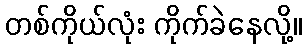
တစ်ကိုယ်လုံး ကိုက်ခဲနေလို့။